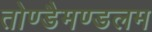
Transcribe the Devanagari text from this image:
तोण्डैमण्डलम